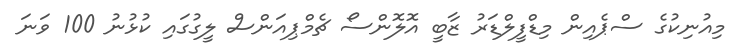
މިއުނިކުގެ ސްޕެއިން މިޑްފީލްޑަރު ޒާބީ އޮލޮންސޯ ޗެމްޕިއަންސް ލީގުގައި ކުޅުނު 100 ވަނަ